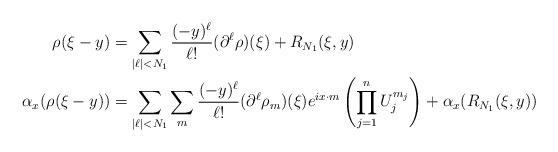
LaTeX: \begin{align*}\rho(\xi-y) &= \sum_{|\ell|<N_1}\frac{(-y)^{\ell}}{\ell!}(\partial^{\ell}\rho)(\xi)+R_{N_1}(\xi,y) \\\alpha_x(\rho(\xi-y)) &= \sum_{|\ell|<N_1}\sum_m\frac{(-y)^{\ell}}{\ell!}(\partial^{\ell}\rho_m)(\xi)e^{ix\cdot m}\left(\prod_{j=1}^nU_j^{m_j}\right)+\alpha_x(R_{N_1}(\xi,y))\end{align*}